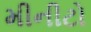
મીનીટો